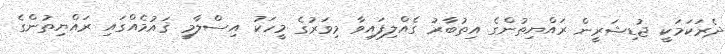
ދެރަކަމަކީ ޖުޑިޝަރީން ރައްޔިތުންގެ އިތުބާރު ގެއްލިފައިވާ މިވަރުގެ މީހަކު އިސްލާމީ ޤައުމެއްގައި ރައްޔިތުންގެ